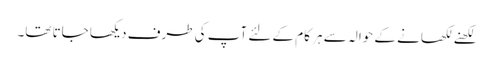
لکھنے لکھانے کے حوالہ سے ہر کام کے لئے آپ کی طرف دیکھا جاتا تھا۔